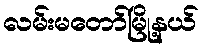
လမ်းမတော်မြို့နယ်